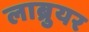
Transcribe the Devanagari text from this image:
लाब्रुयर